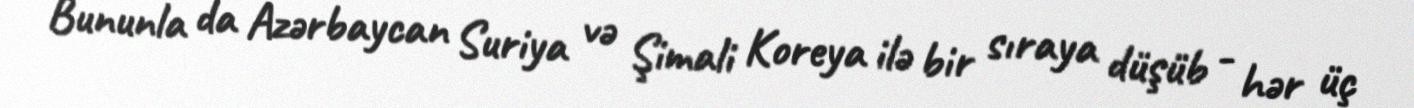
Bununla da Azərbaycan Suriya və Şimali Koreya ilə bir sıraya düşüb - hər üç